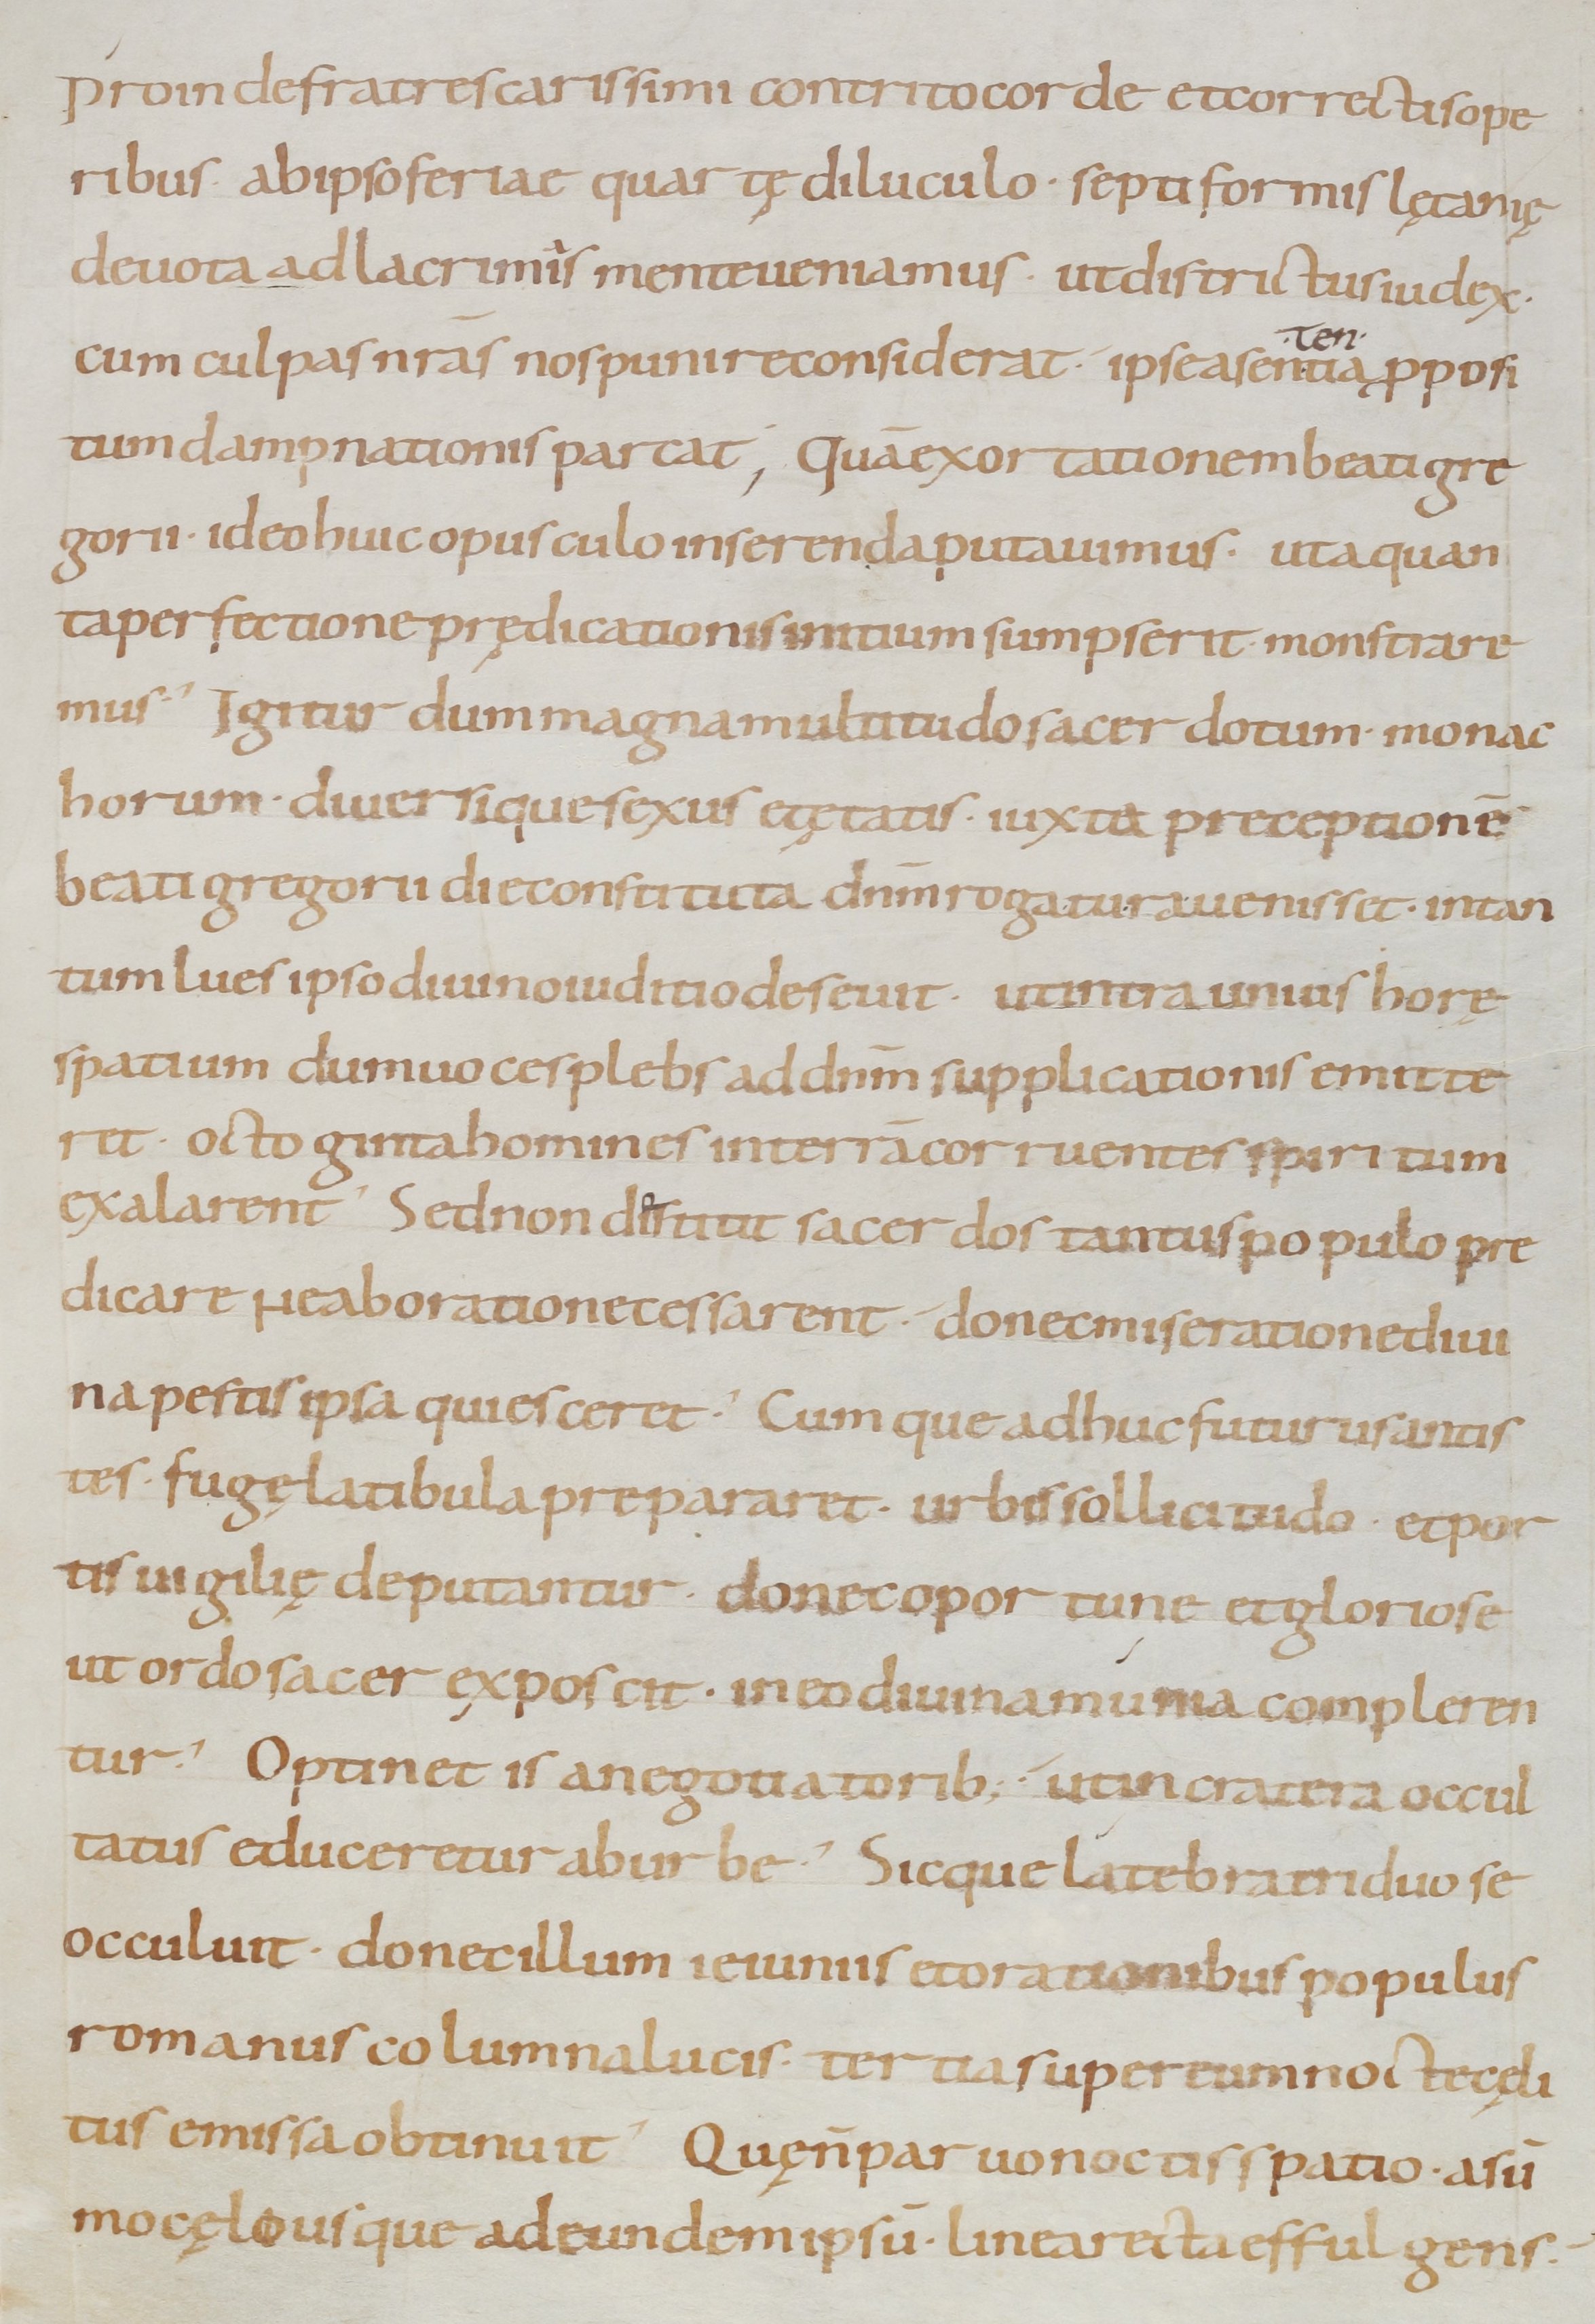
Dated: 800–999